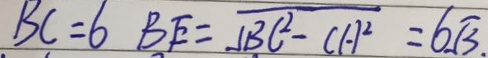
B C = 6 B E = \sqrt { B C ^ { 2 } - C A ^ { 2 } } = 6 \sqrt { 3 } .